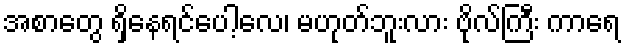
အစာတွေ ရှိနေရင်ပေါ့လေ၊ မဟုတ်ဘူးလား ဗိုလ်ကြီး ကာရေ